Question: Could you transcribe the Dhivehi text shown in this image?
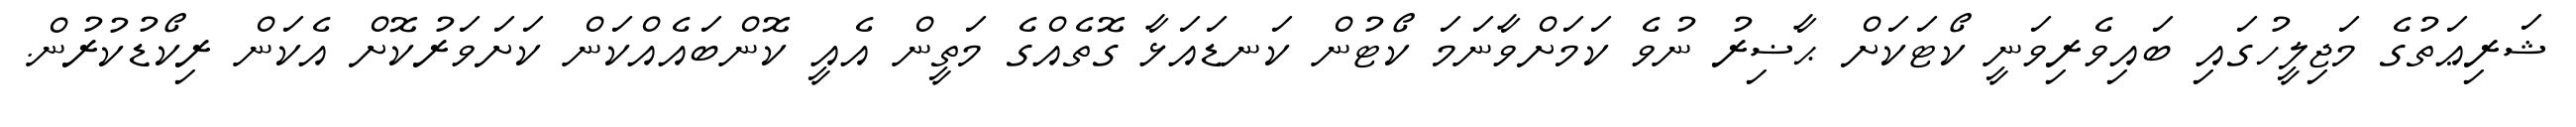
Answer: ޝަރިޢަތުގެ މަޖިލީހުގައި ބައިވެރިވަނީ ކޯޓަކަށް ޙާޟިރު ނުވެ ކަމަށްވާނަމަ ކޯޓުން ކަނޑައަޅާ ގޮތެއްގެ މަތީން އެއީ ކޮންބައެއްކަން ކަށަވަރުކޮށް އެކަން ރިކޯޑުކުރުން.